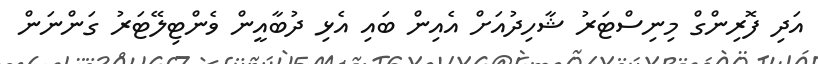
އަދި ފޮރިންގް މިނިސްޓަރު ޝާހިދުއަށް އެއިން ބައި އެޅި ދުބާއީން ވެންޓިލޭޓަރު ގަންނަން